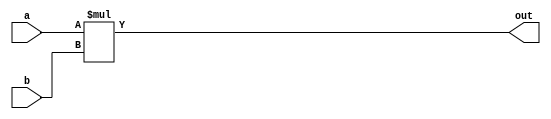
module unsigned_mult (out, a, b);
output [64:0] out;
	input  [31:0] a;
	input  [64:31] b;
	
	assign out = a * b;

endmodule